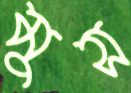
মুস